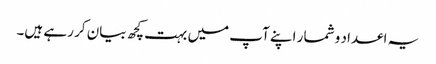
یہ اعداد و شمار اپنے آپ میں بہت کچھ بیان کر رہے ہیں۔